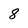
Character: 8